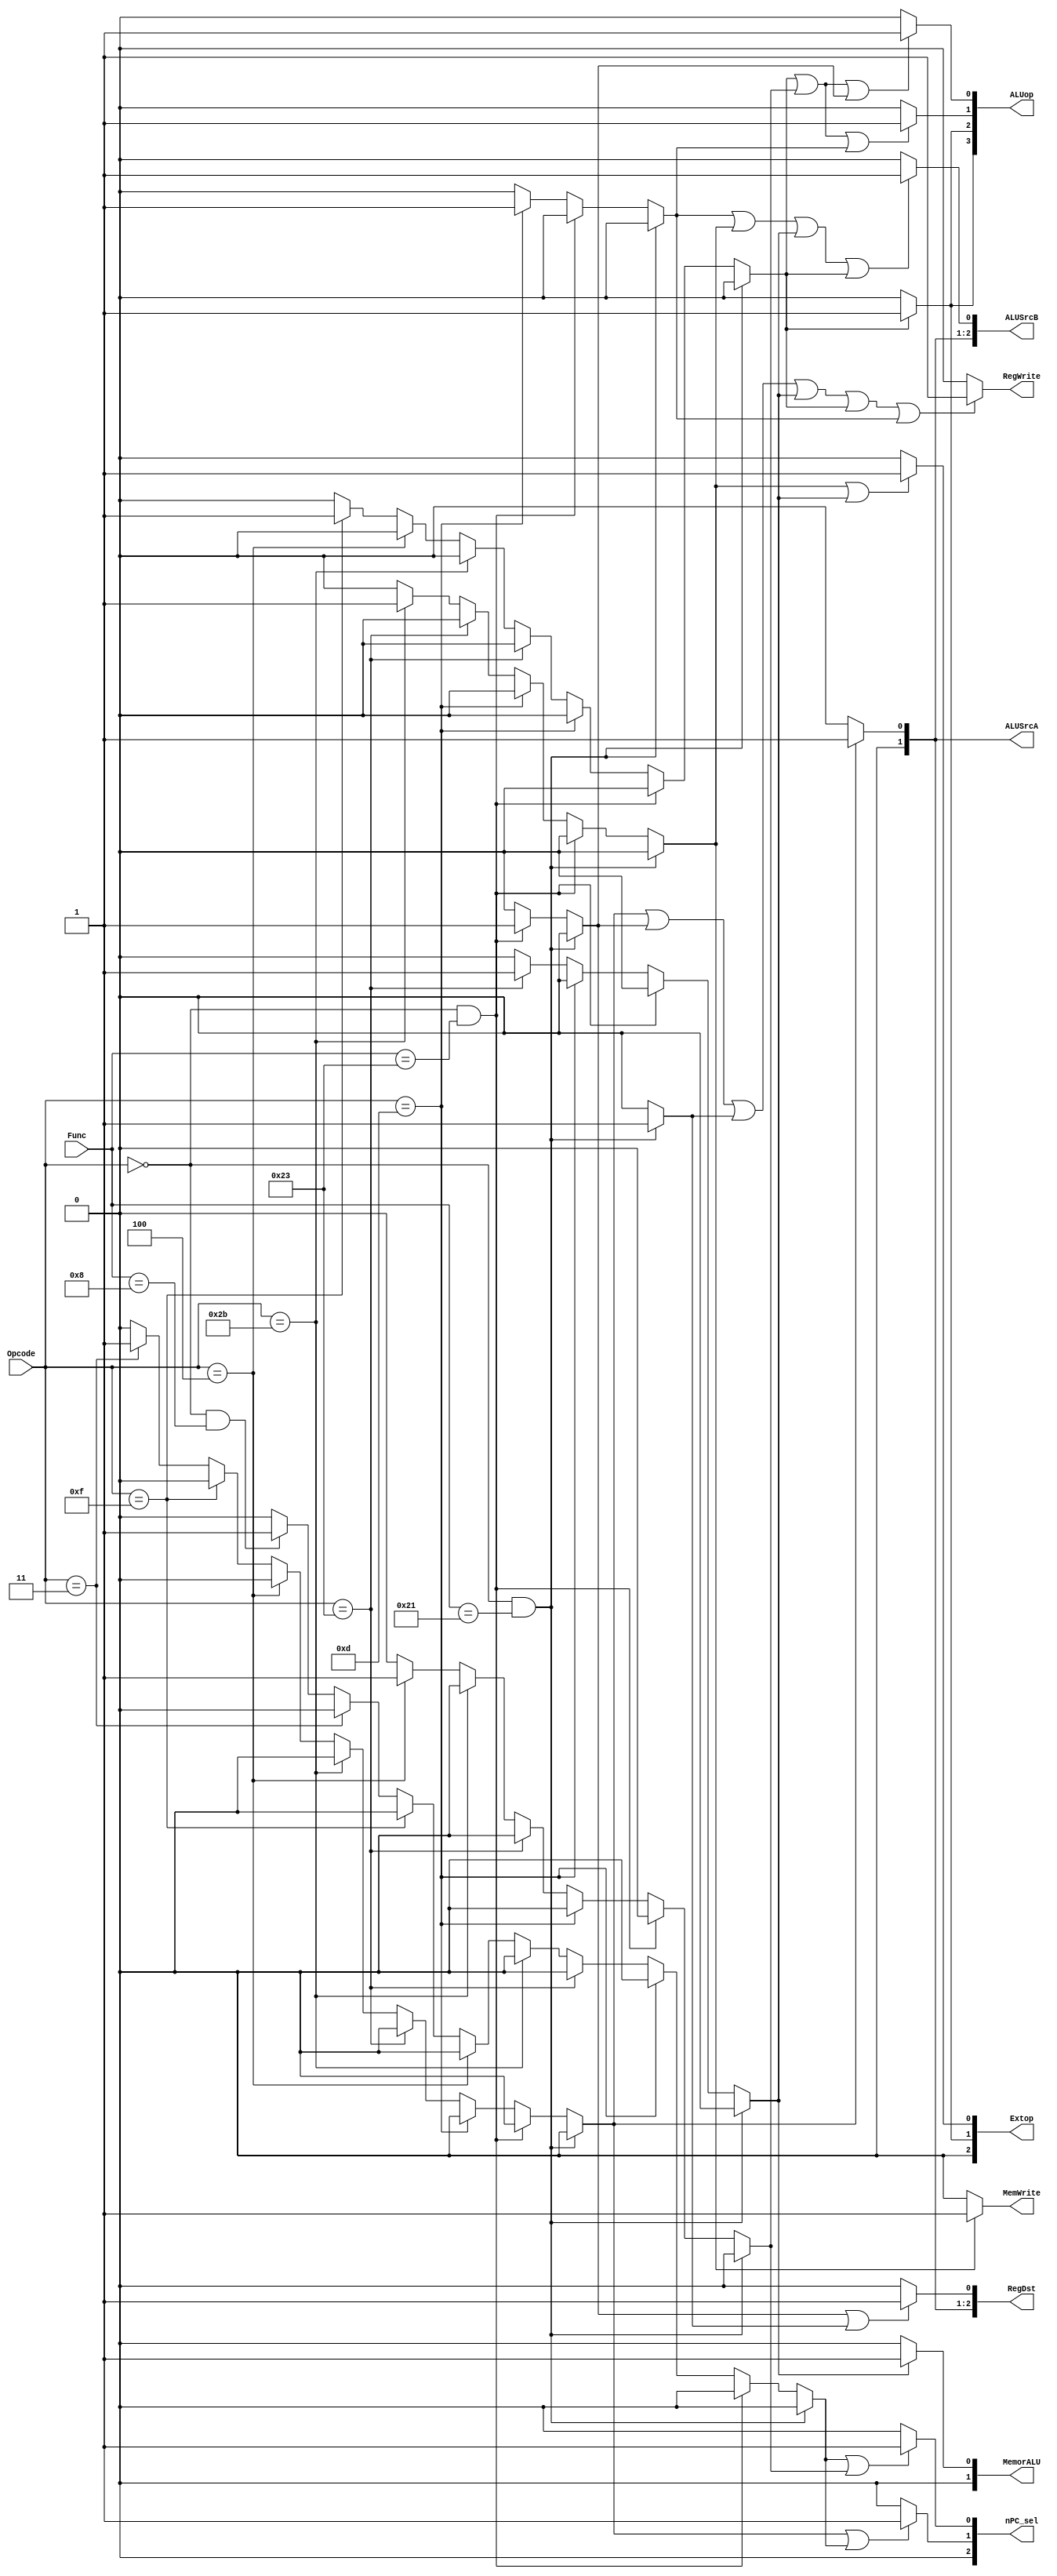
`timescale 1ns / 1ps

module control(
    input [5:0] Opcode,
    input [5:0] Func,
    output [2:0] nPC_sel,
    output [3:0] ALUop,
    output [2:0] RegDst,
	 output [1:0] ALUSrcA,
    output [2:0] ALUSrcB,
    output RegWrite,
    output MemWrite,
    output [2:0] Extop,
    output [1:0] MemorALU
    );
	reg cs_addu;
	reg cs_subu;
	reg cs_ori;
	reg cs_lw;
	reg cs_sw;
	reg cs_beq;
	reg cs_lui;
	reg cs_jal;
	reg cs_jr;
	
	assign nPC_sel[2] = 0;
	assign nPC_sel[1] = (cs_jal || cs_jr) ? 1 : 0;
	assign nPC_sel[0] = (cs_jr || cs_beq) ? 1 : 0;
	assign ALUop[3] = (cs_lui) ? 1 : 0;
	assign ALUop[2] = (cs_lui) ? 1 : 0;
	assign ALUop[1] = (cs_lui || cs_beq || cs_ori) ? 1 : 0;
	assign ALUop[0] = (cs_beq || cs_lui || cs_subu) ? 1 : 0;
	assign RegDst[2] = 0;
	assign RegDst[1] = (cs_jal) ? 1 : 0;
	assign RegDst[0] = (cs_subu || cs_addu) ? 1 : 0;
	assign ALUSrcA[0] = (cs_jal) ? 1 : 0;
	assign ALUSrcA[1] = 0;
	assign ALUSrcB[0] = (cs_ori || cs_sw || cs_lw || cs_lui) ? 1 : 0;
	assign ALUSrcB[1] = (cs_jal) ? 1 : 0;
	assign ALUSrcB[2] = 0;
	assign RegWrite = (cs_jal || cs_subu || cs_addu || cs_lw || cs_lui || cs_ori) ? 1 : 0;
	assign MemWrite = (cs_sw) ? 1 : 0;
	assign Extop[2] = 0;
	assign Extop[1] = (cs_lui) ? 1 : 0;
	assign Extop[0] = (cs_sw || cs_lw) ? 1 : 0;
	assign MemorALU[0] = (cs_lw) ? 1 : 0;
	assign MemorALU[1] = 0;
	
	initial begin
		cs_addu <= 0;
		cs_subu <= 0;
		cs_ori <= 0;
		cs_lw <= 0;
		cs_sw <= 0;
		cs_beq <= 0;
		cs_lui <= 0;
		cs_jal <= 0;
		cs_jr <= 0;
	end
	
	always @(Opcode, Func)begin
		if(Opcode == 6'b000000 && Func == 6'b100001)begin
			cs_addu <= 1;
			cs_subu <= 0;
			cs_ori <= 0;
			cs_lw <= 0;
			cs_sw <= 0;
			cs_beq <= 0;
			cs_lui <= 0;
			cs_jal <= 0;
			cs_jr <= 0;
		end
	
		else if(Opcode == 6'b000000 && Func == 6'b100011)begin
			cs_addu <= 0;
			cs_subu <= 1;
			cs_ori <= 0;
			cs_lw <= 0;
			cs_sw <= 0;
			cs_beq <= 0;
			cs_lui <= 0;
			cs_jal <= 0;
			cs_jr <= 0;
		end
	
		else if(Opcode == 6'b001101)begin
			cs_addu <= 0;
			cs_subu <= 0;
			cs_ori <= 1;
			cs_lw <= 0;
			cs_sw <= 0;
			cs_beq <= 0;
			cs_lui <= 0;
			cs_jal <= 0;
			cs_jr <= 0;
		end
		
		else if(Opcode == 6'b100011)begin
			cs_addu <= 0;
			cs_subu <= 0;
			cs_ori <= 0;
			cs_lw <= 1;
			cs_sw <= 0;
			cs_beq <= 0;
			cs_lui <= 0;
			cs_jal <= 0;
			cs_jr <= 0;
		end
		
		else if(Opcode == 6'b101011)begin
			cs_addu <= 0;
			cs_subu <= 0;
			cs_ori <= 0;
			cs_lw <= 0;
			cs_sw <= 1;
			cs_beq <= 0;
			cs_lui <= 0;
			cs_jal <= 0;
			cs_jr <= 0;
		end
		
		else if(Opcode == 6'b000100)begin
			cs_addu <= 0;
			cs_subu <= 0;
			cs_ori <= 0;
			cs_lw <= 0;
			cs_sw <= 0;
			cs_beq <= 1;
			cs_lui <= 0;
			cs_jal <= 0;
			cs_jr <= 0;
		end
		
		else if(Opcode == 6'b001111)begin
			cs_addu <= 0;
			cs_subu <= 0;
			cs_ori <= 0;
			cs_lw <= 0;
			cs_sw <= 0;
			cs_beq <= 0;
			cs_lui <= 1;
			cs_jal <= 0;
			cs_jr <= 0;
		end
		
		else if(Opcode == 6'b000011)begin
			cs_addu <= 0;
			cs_subu <= 0;
			cs_ori <= 0;
			cs_lw <= 0;
			cs_sw <= 0;
			cs_beq <= 0;
			cs_lui <= 0;
			cs_jal <= 1;
			cs_jr <= 0;
		end
		
		else if(Opcode == 6'b000000 && Func == 6'b001000)begin
			cs_addu <= 0;
			cs_subu <= 0;
			cs_ori <= 0;
			cs_lw <= 0;
			cs_sw <= 0;
			cs_beq <= 0;
			cs_lui <= 0;
			cs_jal <= 0;
			cs_jr <= 1;
		end
		
		else begin
			cs_addu <= 0;
			cs_subu <= 0;
			cs_ori <= 0;
			cs_lw <= 0;
			cs_sw <= 0;
			cs_beq <= 0;
			cs_lui <= 0;
			cs_jal <= 0;
			cs_jr <= 0;
		end
	end
endmodule